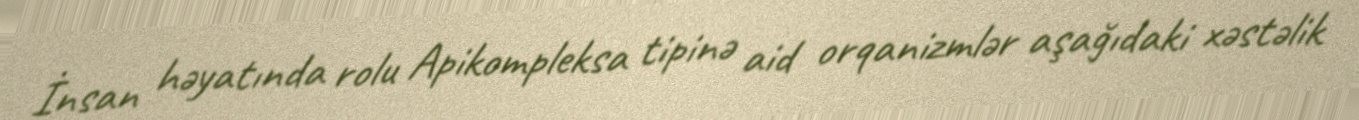
İnsan həyatında rolu Apikompleksa tipinə aid orqanizmlər aşağıdaki xəstəlik